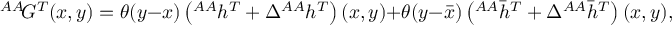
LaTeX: { ^ { A A } \! G ^ { T } } ( x , y ) = \theta ( y - x ) \left( { ^ { A A } h ^ { T } } + \Delta { ^ { A A } h ^ { T } } \right) ( x , y ) + \theta ( y - \bar { x } ) \left( { ^ { A A } \bar { h } ^ { T } } + \Delta { ^ { A A } \bar { h } ^ { T } } \right) ( x , y ) ,